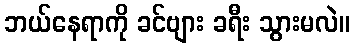
ဘယ်နေရာကို ခင်ဗျား ခရီး သွားမလဲ။